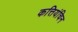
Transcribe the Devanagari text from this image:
कत्तियंचिन